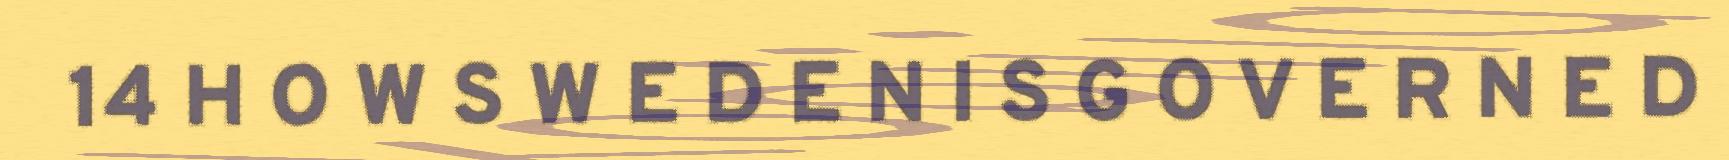
14 H O W S W E D E N I S G O V E R N E D